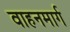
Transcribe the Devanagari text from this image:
वाहनमार्ग